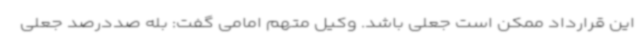
این قرارداد ممکن است جعلی باشد. وکیل متهم امامی گفت: بله صددرصد جعلی